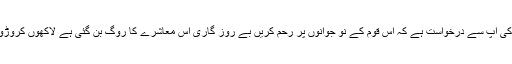
لہٰذا ’’وزیر اعظم‘‘ صاحب میرے جیسے باپوں کی آپ سے درخواست ہے کہ اس قوم کے نو جوانوں پر رحم کریں بے روز گاری اس معاشرے کا روگ بن گئی ہے لاکھوں کروڑوں خرچ کر کے والدین نے بچوں کو پڑھایا ہے۔